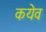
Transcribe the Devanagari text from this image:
कयेव